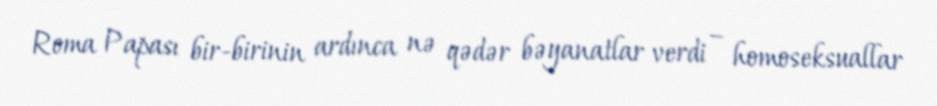
Roma Papası bir-birinin ardınca nə qədər bəyanatlar verdi – homoseksuallar